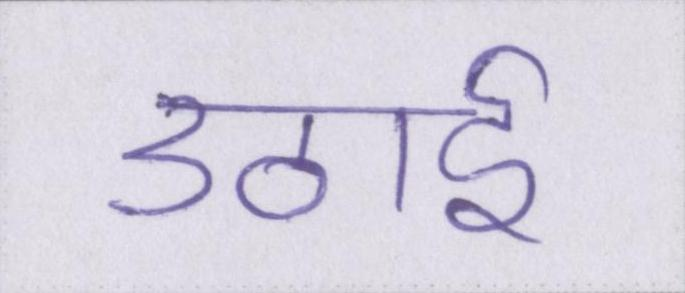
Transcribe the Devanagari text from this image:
उठाई